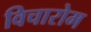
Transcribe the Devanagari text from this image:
विचारोम